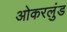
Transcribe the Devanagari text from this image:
ओकरलुंड